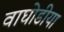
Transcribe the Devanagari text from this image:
वाघोडीया